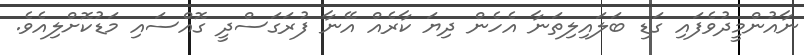
ނާއުންމީދުވެފައި ގަޑި ބަލައިލިތަނާ އެހެން ދިޔަ ކާރެއް އޭނާ ފުރަގަސްދީ ގޮއްސައި މަޑުކޮށްލިއެވެ.